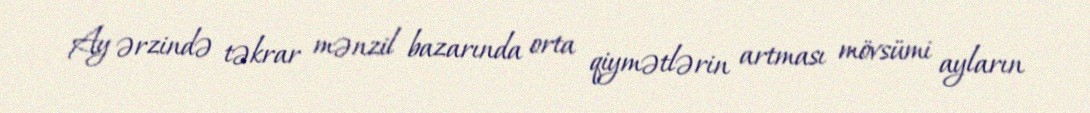
Ay ərzində təkrar mənzil bazarında orta qiymətlərin artması mövsümi ayların